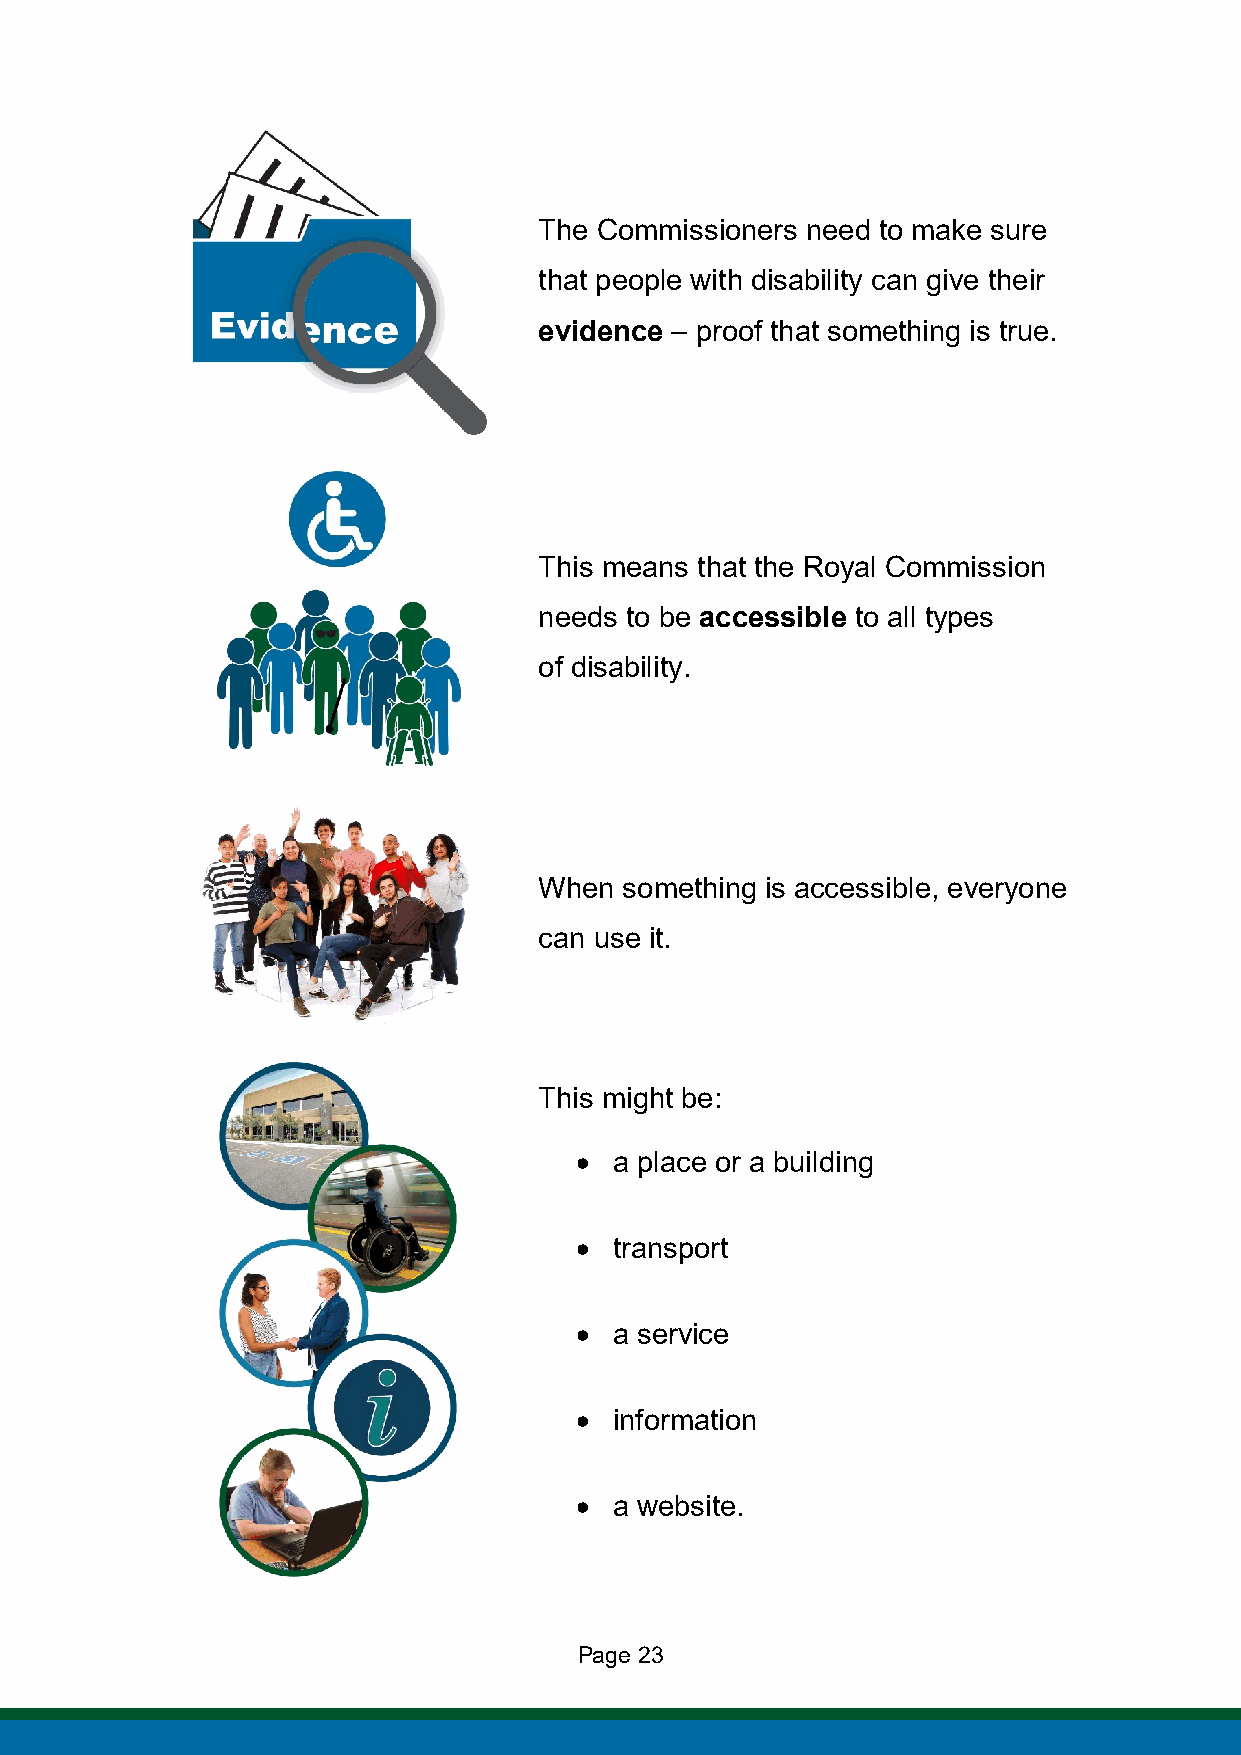
The Commissioners need to make sure
 that people with disability can give their
 evidence – proof that something is true.
 This means that the Royal Commission
 needs to be accessible to all types
 of disability.
 When something is accessible, everyone
 can use it.
 This might be:
 •  a place or a building
 •  transport
 •  a service
 •  information
 •  a website.
 Page 23